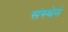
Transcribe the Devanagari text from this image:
संस्थेनं